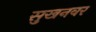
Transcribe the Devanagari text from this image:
सुखनवर